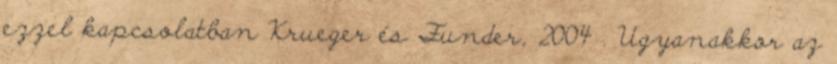
ezzel kapcsolatban Krueger és Funder, 2004 . Ugyanakkor az